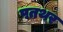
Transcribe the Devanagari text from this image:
पतथर